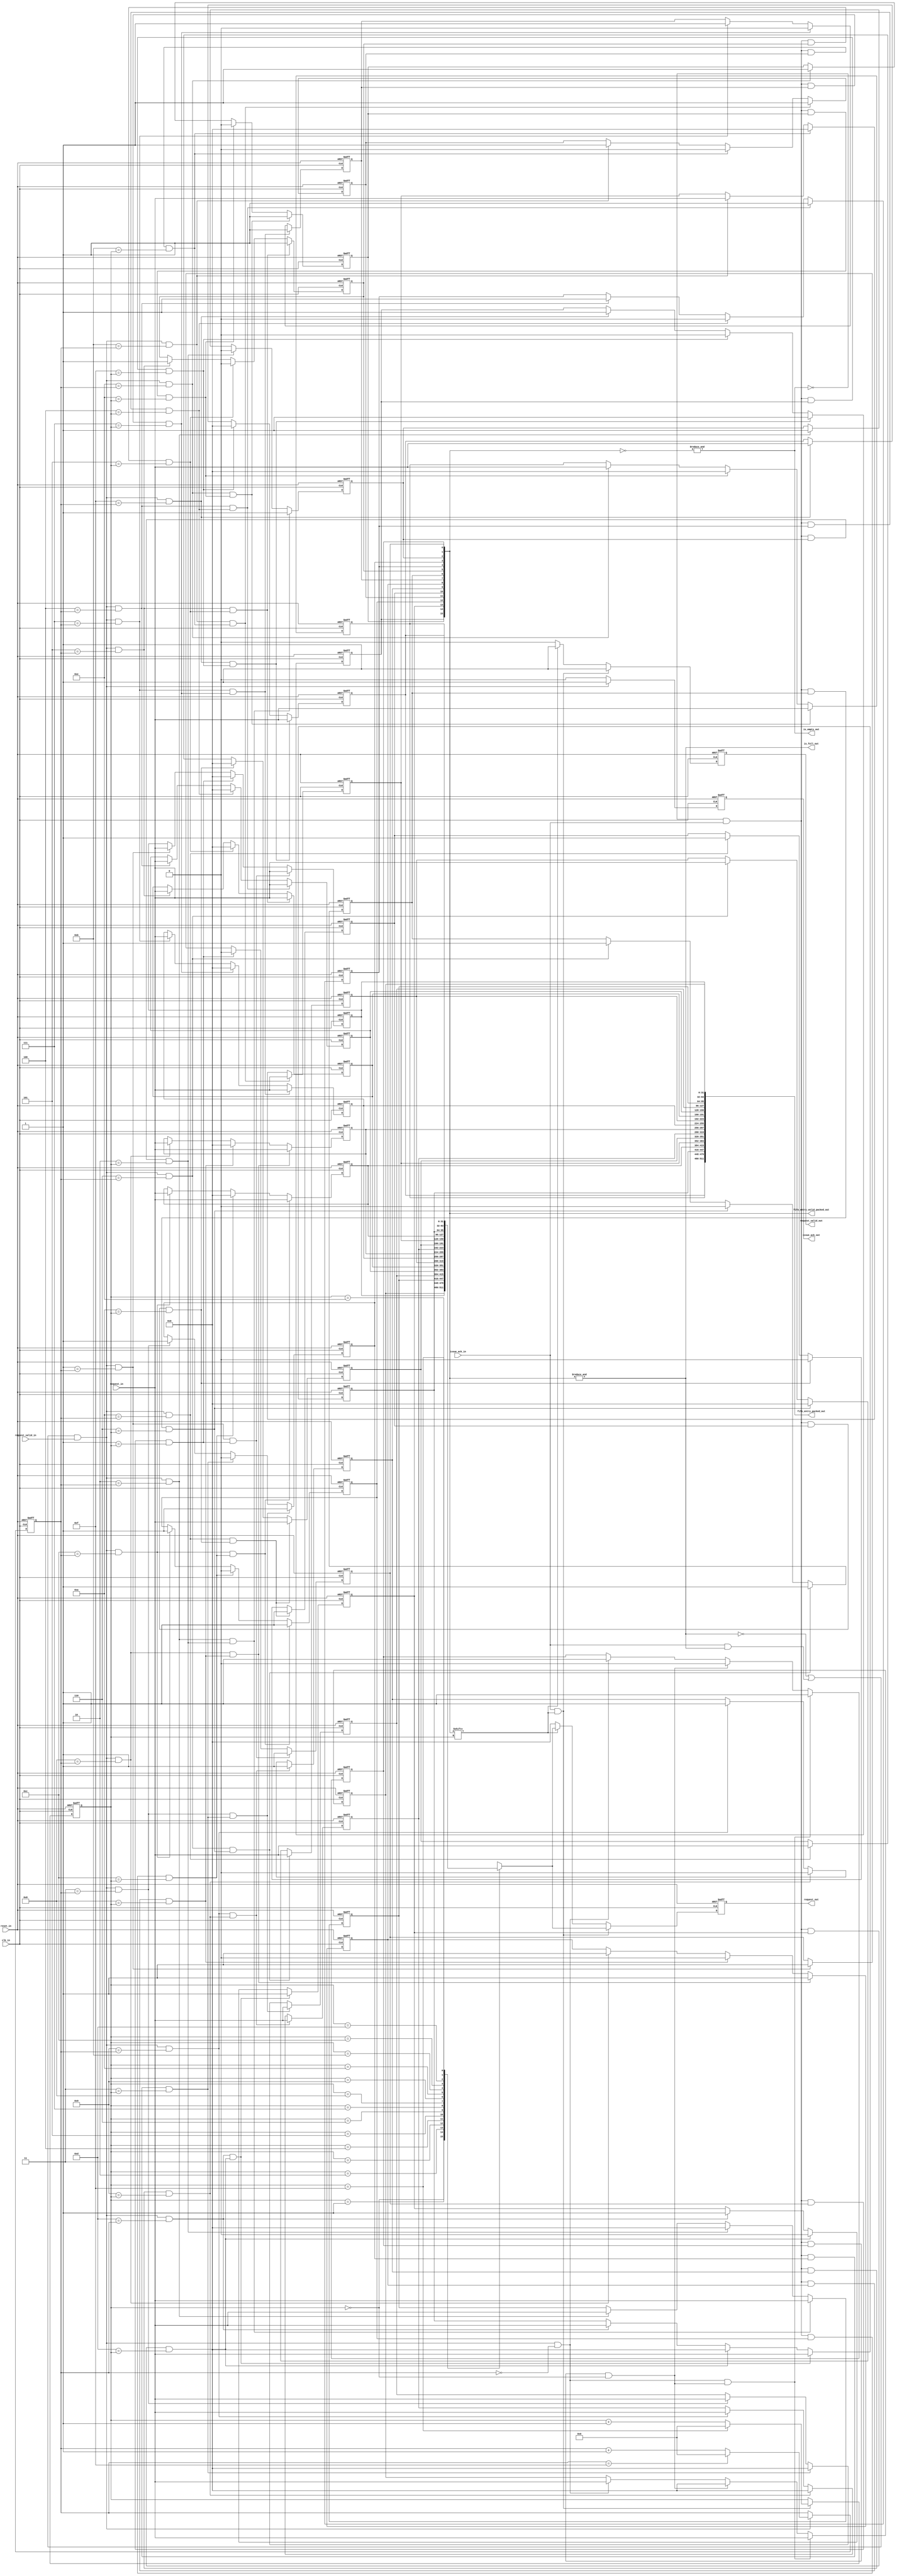
module fifo_queue
#(
        parameter QUEUE_SIZE = 16,
        parameter QUEUE_PTR_WIDTH_IN_BITS = 4,
        parameter SINGLE_ENTRY_WIDTH_IN_BITS = 32,
        parameter STORAGE_TYPE = "LUTRAM"
)
(  
        input                                                                   reset_in,
        input                                                                   clk_in,

        output                                                                  is_empty_out,
        output                                                                  is_full_out,

        input           [SINGLE_ENTRY_WIDTH_IN_BITS - 1 : 0]                    request_in,
        input                                                                   request_valid_in,
        output  reg                                                             issue_ack_out,
                
        output  reg     [SINGLE_ENTRY_WIDTH_IN_BITS - 1 : 0]                    request_out,
        output  reg                                                             request_valid_out,
        input                                                                   issue_ack_in,

        output          [SINGLE_ENTRY_WIDTH_IN_BITS * QUEUE_SIZE - 1 : 0]       fifo_entry_packed_out,
        output          [QUEUE_SIZE - 1 : 0]                                    fifo_entry_valid_packed_out
);

wire [SINGLE_ENTRY_WIDTH_IN_BITS  - 1 : 0] fifo_entry_packed [QUEUE_SIZE - 1 : 0];
wire [QUEUE_SIZE                  - 1 : 0] fifo_entry_valid_packed;

genvar gen;
for(gen = 0; gen < QUEUE_SIZE; gen = gen + 1)
begin
        assign fifo_entry_packed_out[(gen+1) * SINGLE_ENTRY_WIDTH_IN_BITS - 1 : gen * SINGLE_ENTRY_WIDTH_IN_BITS] = fifo_entry_packed[gen];
end

assign fifo_entry_valid_packed_out = fifo_entry_valid_packed;

reg  [QUEUE_PTR_WIDTH_IN_BITS     - 1 : 0] write_ptr;
reg  [QUEUE_PTR_WIDTH_IN_BITS     - 1 : 0] read_ptr;

assign is_full_out  = &fifo_entry_valid_packed;
assign is_empty_out = &(~fifo_entry_valid_packed);

always@(posedge clk_in, posedge reset_in)
begin
        if(reset_in)
        begin
                write_ptr     <= {(QUEUE_PTR_WIDTH_IN_BITS){1'b0}};
                issue_ack_out <= 1'b0;
                read_ptr      <= {(QUEUE_PTR_WIDTH_IN_BITS){1'b0}};
                request_out   <= {(SINGLE_ENTRY_WIDTH_IN_BITS){1'b0}};
                request_valid_out <= 1'b0;
        end

        else
        begin
                // write logic
                // generate write_ptr when the queue is full but the issue_ack_in is high, save 1 cycle
                if((~is_full_out | (issue_ack_in & is_full_out)) & request_valid_in)
                begin
                        write_ptr     <= write_ptr == {(QUEUE_PTR_WIDTH_IN_BITS){1'b1}} ? {(QUEUE_PTR_WIDTH_IN_BITS){1'b0}} : write_ptr + 1'b1;
                        issue_ack_out <= 1'b1;
                end
                
                else 
                begin
                        write_ptr     <= write_ptr;
                        issue_ack_out <= 1'b0;
                end

                // read logic
                if(issue_ack_in & fifo_entry_valid_packed[read_ptr])
                begin
                        read_ptr    <= read_ptr == {(QUEUE_PTR_WIDTH_IN_BITS){1'b1}} ? {(QUEUE_PTR_WIDTH_IN_BITS){1'b0}} : read_ptr + 1'b1;
                        request_out <= fifo_entry_packed[read_ptr];
                        request_valid_out <= 1'b1;
                end
                
                else if(fifo_entry_valid_packed[read_ptr])
                begin
                        read_ptr    <= read_ptr;
                        request_out <= fifo_entry_packed[read_ptr];   
                        request_valid_out <= 1'b1;    
                end
                
                else
                begin
                        read_ptr    <= read_ptr;
                        request_out <= {(SINGLE_ENTRY_WIDTH_IN_BITS){1'b0}};
                        request_valid_out <= 1'b0;
                end
        end
end

generate

if(STORAGE_TYPE == "LUTRAM")

        for(gen = 0; gen < QUEUE_SIZE; gen = gen + 1)
        begin
                reg [SINGLE_ENTRY_WIDTH_IN_BITS  - 1 : 0] entry;
                reg                                       entry_valid;

                assign fifo_entry_packed[gen]        =    entry;
                assign fifo_entry_valid_packed[gen]  =    entry_valid;

                wire write_qualified = (~is_full_out | (issue_ack_in & is_full_out)) & request_valid_in & gen == write_ptr;
                wire read_qualified  = ~is_empty_out & issue_ack_in & entry_valid & gen == read_ptr;

                always @(posedge clk_in, posedge reset_in)
                begin
                        if (reset_in)
                        begin
                                entry       <= {(SINGLE_ENTRY_WIDTH_IN_BITS){1'b0}};
                                entry_valid <= 1'b0;
                        end
                        
                        else
                        begin
                                if(write_qualified & read_qualified)
                                begin
                                        entry       <= request_in;
                                        entry_valid <= 1'b1;
                                end

                                else
                                begin
                                        if(read_qualified)
                                        begin
                                                entry       <= {(SINGLE_ENTRY_WIDTH_IN_BITS){1'b0}};
                                                entry_valid <= 1'b0;
                                        end

                                        else if(write_qualified)
                                        begin
                                                entry       <= request_in;
                                                entry_valid <= 1'b1;
                                        end

                                        else
                                        begin
                                                entry       <= entry;
                                                entry_valid <= entry_valid;   
                                        end
                                end
                        end
                end
        end

endgenerate

endmodule